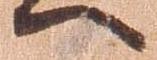
へ